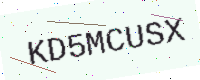
Text: KD5MCUSX